Medical and sanitary report of the native army of Bengal for the year
Year: 1877
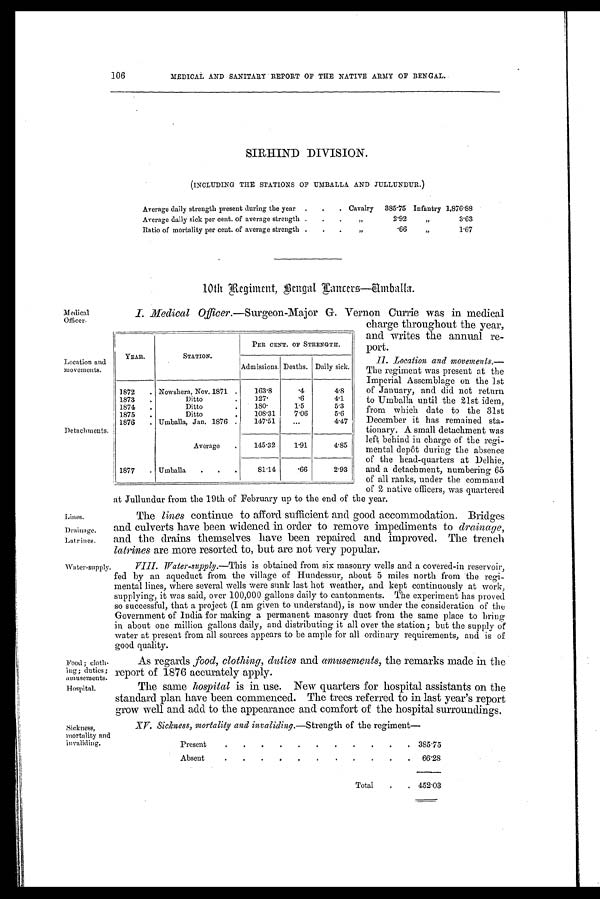
106
MEDICAL AND SANITARY REPORT OF THE NATIVE ARMY OF BENGAL.
SIRHIND DIVISION.
(INCLUDING THE STATIONS OF UMBALLA AND JULLUNDUR.)
Average daily strength present during the year
Cavalry
385.75 Infantry 1,876.88
Average daily sick per cent. of average strength
„
2.92
„
3.63
Ratio of mortality per cent. of average strength
„
.66
„
1.67
10th Regiment, Benal Lancers—Umballa.
Medical
Officer.
Location and
movements.
Detachments
Lines.
Drainage.
Latrines.
Water-supply.
Food; cloth-
ing; duties;
amusements.
Hospital.
Sickness,
mortality and
invaliding.
I. Medical Officer.—Surgeon-Major G. Vernon Currie was in medical
charge throughout the year,
and writes the annual re-
port.
II. Location and movements.—
The regiment was present at the
Imperial Assemblage on the 1st
of January, and did not return
to Umballa until the 21st idem,
from which date to the 31st
December it has remained sta-
tionary. A small detachment was
left behind in charge of the regi-
mental depôt during the absence
of the head-quarters at Delhie,
and a detachment, numbering 65
of all ranks, under the command
of 2 native officers, was quartered
at Jullundur from the 19th of February up to the end of the year.
The lines continue to afford sufficient and good accommodation. Bridges
and culverts have been widened in order to remove impediments to drainage,
and the drains themselves have been repaired and improved. The trench
latrines are more resorted to, but are not very popular.
VIII. Water-supply.—This is obtained from six masonry wells and a covered-in reservoir,
fed by an aqueduct from the village of Hundessur, about 5 miles north from the regi-
mental lines, where several wells were sunk last hot weather, and kept continuously at work,
supplying, it was said, over 100,000 gallons daily to cantonments. The experiment has proved
so successful, that a project (I am given to understand), is now under the consideration of the
Government of India for making a permanent masonry duct from the same place to bring
in about one million gallons daily, and distributing it all over the station; but the supply of
water at present from all sources appears to be ample for all ordinary requirements, and is of
good quality.
As regards food, clothing, duties and amusements, the remarks made in the
report of 1876 accurately apply.
The same hospital is in use. New quarters for hospital assistants on the
standard plan have been commenced. The trees referred to in last year's report
grow well and add to the appearance and comfort of the hospital surroundings.
XV. Sickness, mortality and invaliding.—Strength of the regiment—
Present
385.75
Absent
66.28
Total
452.03
YEAR.
STATION.
PER CENT. OF STRENGTH.
Admissions. Deaths. Daily sick.
1872
Nowshera, Nov. 1871
163.8
. 4 4.8
1873
Ditto
127.
. 6 4.1
1874
Ditto
180.
1 . 5
5.3
1875
Ditto
108.31
7.06
5.6
1876
Umballa, Jan. 1876
147.51
...
4.47
Average
145.32
1.91
4.85
1877
Umballa
81.14
. 6 6 2.93